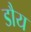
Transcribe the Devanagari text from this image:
डौय